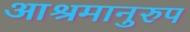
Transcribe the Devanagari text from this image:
आश्रमानुरुप